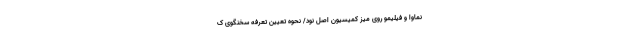
نماوا و فیلیمو روی میز کمیسیون اصل نود/ نحوه تعیین تعرفه سخنگوی ک